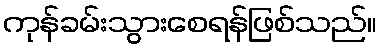
ကုန်ခမ်းသွားစေရန်ဖြစ်သည်။